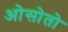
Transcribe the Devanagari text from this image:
ओसोतो